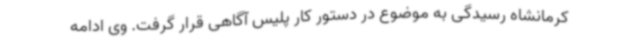
کرمانشاه رسیدگی به موضوع در دستور کار پلیس آگاهی قرار گرفت. وی ادامه